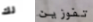
لك تفوزين